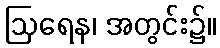
ဩရေန၊ အတွင်း၌။